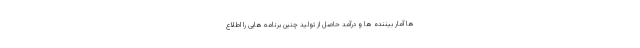
ها آمار بیننده ها و درآمد حاصل از تولید چنین برنامه هایی را اطلاع